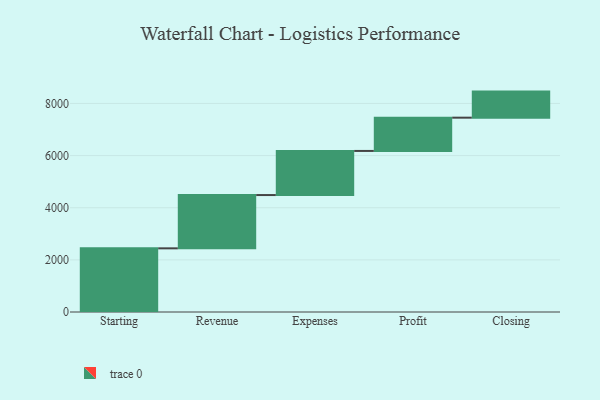
{"axis": {"x": "Step", "y": "Value"}, "legend": [""], "data": [{"x": "Starting", "y": 2442.0, "type": ""}, {"x": "Revenue", "y": 2044.0, "type": ""}, {"x": "Expenses", "y": 1692.0, "type": ""}, {"x": "Profit", "y": 1276.0, "type": ""}, {"x": "Closing", "y": 1000, "type": ""}]}